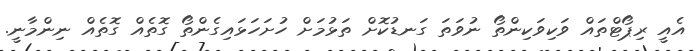
އެއީ ރިޕޯޓްތައް ވަކިވަކިންތޯ ނުވަތަ ގަނޑުކޮށް ތަޅުމަށް ހުށަހަޅައިގެންތޯ ގޮތެއް ގޮތެއް ނިންމާނީ.